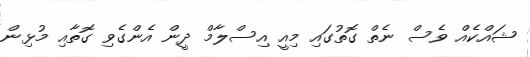
ޝައްކެއް ވެސް ނެތް ގޮތުގައި މިއީ އިސްލާމް ދީން އެންގެވި ގޮތާއި މުޅިން